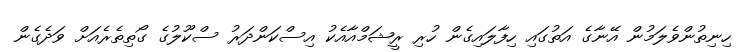
ހިނިތުންވެލަމުން އޭނާގެ އަތުގައި ހިފާލައިގެން ހުރި ރީޝަމްއާއެކު އިސްކަންދަރު ސްކޫލުގެ ގޯތިތެރެއަށް ވަދެގެން